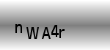
Text: nWA4r